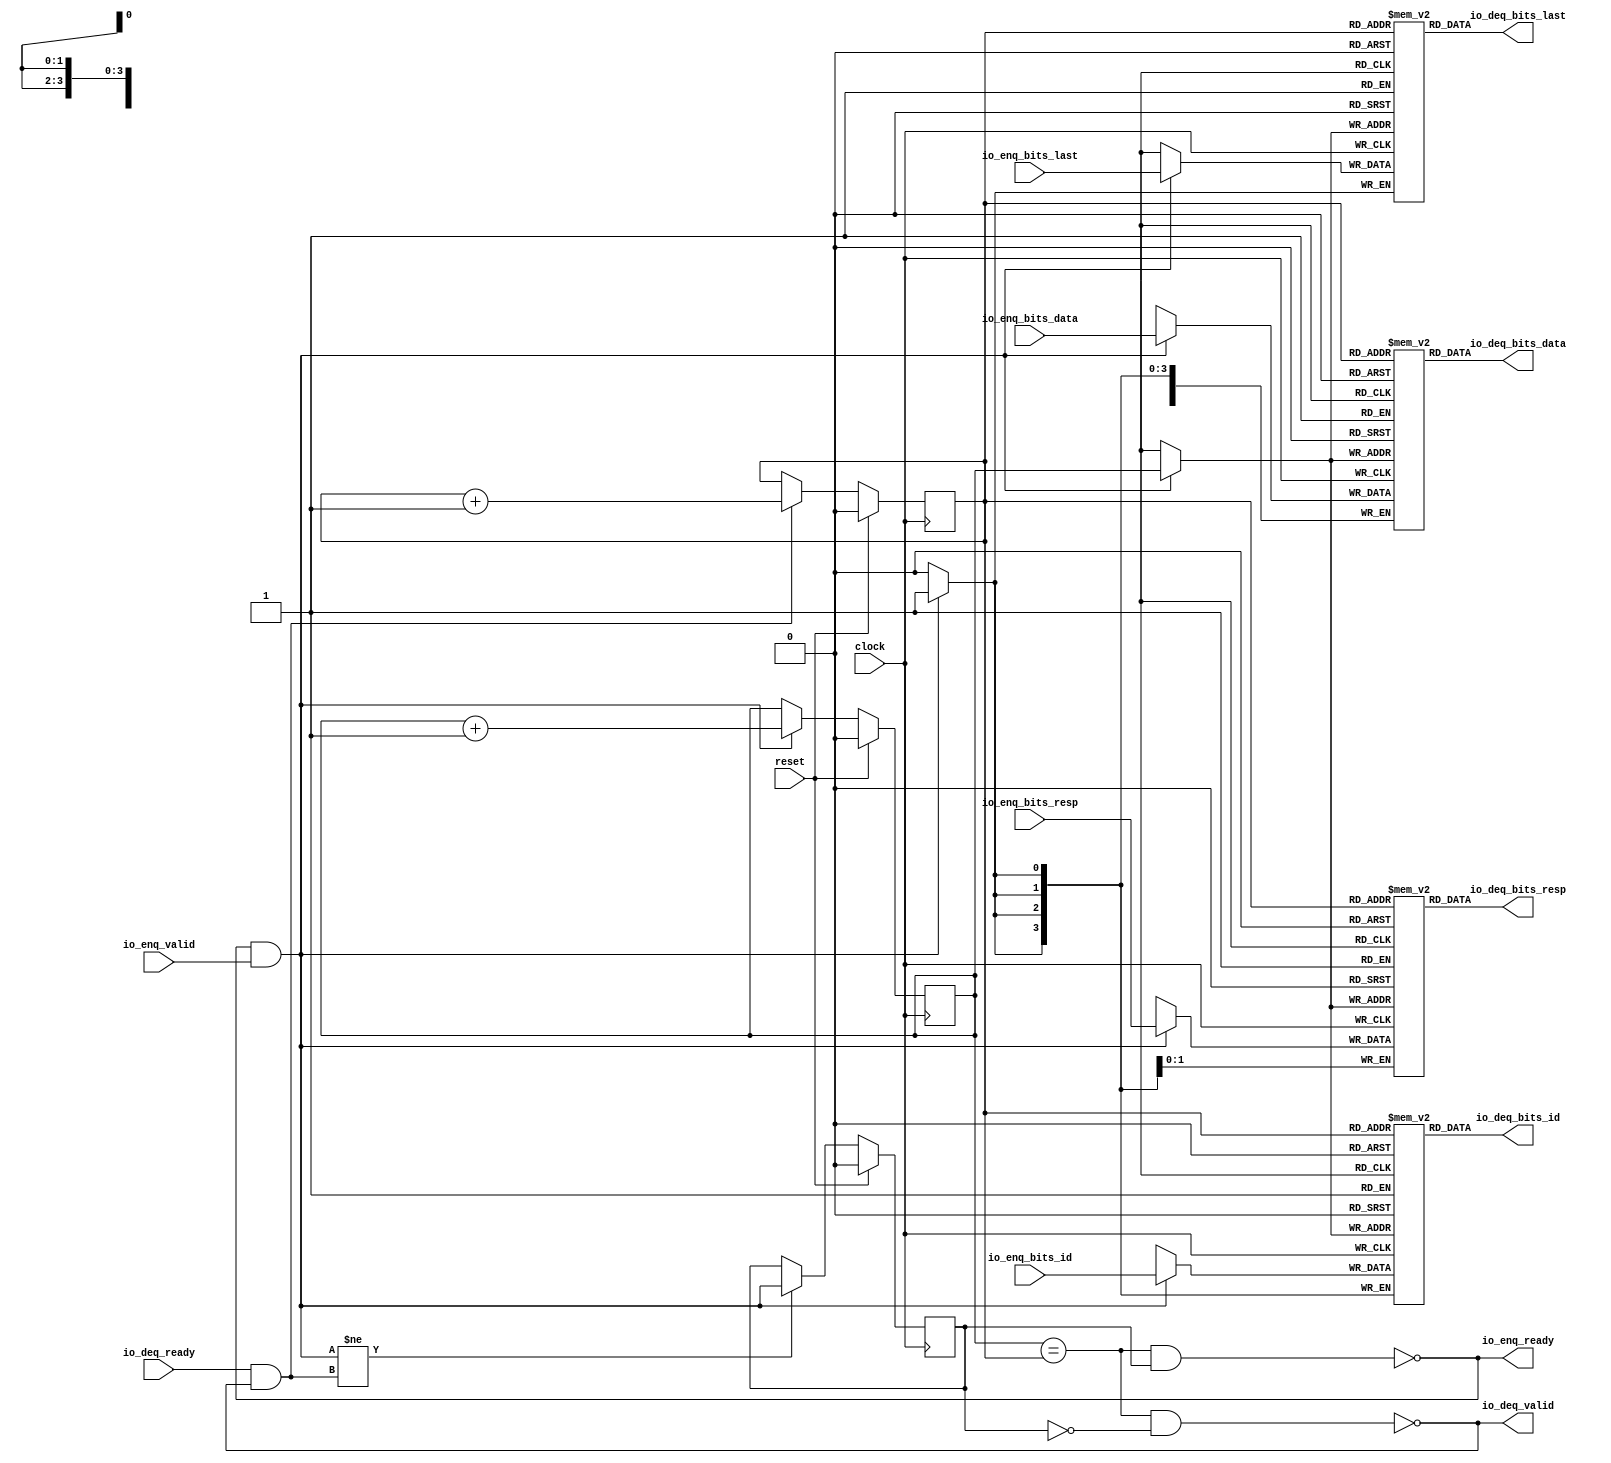
// Copyright (c) 2017, Microsemi Corporation
// All rights reserved.
//
// Redistribution and use in source and binary forms, with or without
// modification, are permitted provided that the following conditions are met:
//     * Redistributions of source code must retain the above copyright
//       notice, this list of conditions and the following disclaimer.
//     * Redistributions in binary form must reproduce the above copyright
//       notice, this list of conditions and the following disclaimer in the
//       documentation and/or other materials provided with the distribution.
//     * Neither the name of the <organization> nor the
//       names of its contributors may be used to endorse or promote products
//       derived from this software without specific prior written permission.
//
// THIS SOFTWARE IS PROVIDED BY THE COPYRIGHT HOLDERS AND CONTRIBUTORS "AS IS" AND
// ANY EXPRESS OR IMPLIED WARRANTIES, INCLUDING, BUT NOT LIMITED TO, THE IMPLIED
// WARRANTIES OF MERCHANTABILITY AND FITNESS FOR A PARTICULAR PURPOSE ARE
// DISCLAIMED. IN NO EVENT SHALL MICROSEMI CORPORATIONM BE LIABLE FOR ANY
// DIRECT, INDIRECT, INCIDENTAL, SPECIAL, EXEMPLARY, OR CONSEQUENTIAL DAMAGES
// (INCLUDING, BUT NOT LIMITED TO, PROCUREMENT OF SUBSTITUTE GOODS OR SERVICES;
// LOSS OF USE, DATA, OR PROFITS; OR BUSINESS INTERRUPTION) HOWEVER CAUSED AND
// ON ANY THEORY OF LIABILITY, WHETHER IN CONTRACT, STRICT LIABILITY, OR TORT
// (INCLUDING NEGLIGENCE OR OTHERWISE) ARISING IN ANY WAY OUT OF THE USE OF THIS
// SOFTWARE, EVEN IF ADVISED OF THE POSSIBILITY OF SUCH DAMAGE.
//
// APACHE LICENSE
// Copyright (c) 2017, Microsemi Corporation 
//
// Licensed under the Apache License, Version 2.0 (the "License");
// you may not use this file except in compliance with the License.
// You may obtain a copy of the License at
//
//    http://www.apache.org/licenses/LICENSE-2.0
//
// Unless required by applicable law or agreed to in writing, software
// distributed under the License is distributed on an "AS IS" BASIS,
// WITHOUT WARRANTIES OR CONDITIONS OF ANY KIND, either express or implied.
// See the License for the specific language governing permissions and
// limitations under the License.
//
// Description:
//
// SVN Revision Information:
// SVN $Revision: $
// SVN $Date: $
//
// Resolved SARs
// SAR      Date     Who   Description
//
// Notes:
//
// ****************************************************************************/
`ifndef RANDOMIZE_REG_INIT 
	 `define RANDOMIZE_REG_INIT 
 `endif
`ifndef RANDOMIZE_MEM_INIT 
	 `define RANDOMIZE_MEM_INIT 
 `endif
`ifndef RANDOMIZE 
	 `define RANDOMIZE 
`endif

`timescale 1ns/10ps
module MiV_AXI_MiV_AXI_0_MIV_RV32IMA_L1_AXI_QUEUE_32( // @[:freechips.rocketchip.system.MivRV32ImaL1AhbConfig.fir@113792.2]
  input         clock, // @[:freechips.rocketchip.system.MivRV32ImaL1AhbConfig.fir@113793.4]
  input         reset, // @[:freechips.rocketchip.system.MivRV32ImaL1AhbConfig.fir@113794.4]
  output        io_enq_ready, // @[:freechips.rocketchip.system.MivRV32ImaL1AhbConfig.fir@113795.4]
  input         io_enq_valid, // @[:freechips.rocketchip.system.MivRV32ImaL1AhbConfig.fir@113795.4]
  input  [3:0]  io_enq_bits_id, // @[:freechips.rocketchip.system.MivRV32ImaL1AhbConfig.fir@113795.4]
  input  [63:0] io_enq_bits_data, // @[:freechips.rocketchip.system.MivRV32ImaL1AhbConfig.fir@113795.4]
  input  [1:0]  io_enq_bits_resp, // @[:freechips.rocketchip.system.MivRV32ImaL1AhbConfig.fir@113795.4]
  input         io_enq_bits_last, // @[:freechips.rocketchip.system.MivRV32ImaL1AhbConfig.fir@113795.4]
  input         io_deq_ready, // @[:freechips.rocketchip.system.MivRV32ImaL1AhbConfig.fir@113795.4]
  output        io_deq_valid, // @[:freechips.rocketchip.system.MivRV32ImaL1AhbConfig.fir@113795.4]
  output [3:0]  io_deq_bits_id, // @[:freechips.rocketchip.system.MivRV32ImaL1AhbConfig.fir@113795.4]
  output [63:0] io_deq_bits_data, // @[:freechips.rocketchip.system.MivRV32ImaL1AhbConfig.fir@113795.4]
  output [1:0]  io_deq_bits_resp, // @[:freechips.rocketchip.system.MivRV32ImaL1AhbConfig.fir@113795.4]
  output        io_deq_bits_last // @[:freechips.rocketchip.system.MivRV32ImaL1AhbConfig.fir@113795.4]
);
  reg [3:0] ram_id [0:1] /* synthesis syn_ramstyle = "registers" */; // @[Decoupled.scala 211:24:freechips.rocketchip.system.MivRV32ImaL1AhbConfig.fir@113797.4]
  reg [31:0] _RAND_0;
  wire [3:0] ram_id__T_50_data; // @[Decoupled.scala 211:24:freechips.rocketchip.system.MivRV32ImaL1AhbConfig.fir@113797.4]
  wire  ram_id__T_50_addr; // @[Decoupled.scala 211:24:freechips.rocketchip.system.MivRV32ImaL1AhbConfig.fir@113797.4]
  wire [3:0] ram_id__T_36_data; // @[Decoupled.scala 211:24:freechips.rocketchip.system.MivRV32ImaL1AhbConfig.fir@113797.4]
  wire  ram_id__T_36_addr; // @[Decoupled.scala 211:24:freechips.rocketchip.system.MivRV32ImaL1AhbConfig.fir@113797.4]
  wire  ram_id__T_36_mask; // @[Decoupled.scala 211:24:freechips.rocketchip.system.MivRV32ImaL1AhbConfig.fir@113797.4]
  wire  ram_id__T_36_en; // @[Decoupled.scala 211:24:freechips.rocketchip.system.MivRV32ImaL1AhbConfig.fir@113797.4]
  reg [63:0] ram_data [0:1] /* synthesis syn_ramstyle = "registers" */; // @[Decoupled.scala 211:24:freechips.rocketchip.system.MivRV32ImaL1AhbConfig.fir@113797.4]
  reg [63:0] _RAND_1;
  wire [63:0] ram_data__T_50_data; // @[Decoupled.scala 211:24:freechips.rocketchip.system.MivRV32ImaL1AhbConfig.fir@113797.4]
  wire  ram_data__T_50_addr; // @[Decoupled.scala 211:24:freechips.rocketchip.system.MivRV32ImaL1AhbConfig.fir@113797.4]
  wire [63:0] ram_data__T_36_data; // @[Decoupled.scala 211:24:freechips.rocketchip.system.MivRV32ImaL1AhbConfig.fir@113797.4]
  wire  ram_data__T_36_addr; // @[Decoupled.scala 211:24:freechips.rocketchip.system.MivRV32ImaL1AhbConfig.fir@113797.4]
  wire  ram_data__T_36_mask; // @[Decoupled.scala 211:24:freechips.rocketchip.system.MivRV32ImaL1AhbConfig.fir@113797.4]
  wire  ram_data__T_36_en; // @[Decoupled.scala 211:24:freechips.rocketchip.system.MivRV32ImaL1AhbConfig.fir@113797.4]
  reg [1:0] ram_resp [0:1] /* synthesis syn_ramstyle = "registers" */; // @[Decoupled.scala 211:24:freechips.rocketchip.system.MivRV32ImaL1AhbConfig.fir@113797.4]
  reg [31:0] _RAND_2;
  wire [1:0] ram_resp__T_50_data; // @[Decoupled.scala 211:24:freechips.rocketchip.system.MivRV32ImaL1AhbConfig.fir@113797.4]
  wire  ram_resp__T_50_addr; // @[Decoupled.scala 211:24:freechips.rocketchip.system.MivRV32ImaL1AhbConfig.fir@113797.4]
  wire [1:0] ram_resp__T_36_data; // @[Decoupled.scala 211:24:freechips.rocketchip.system.MivRV32ImaL1AhbConfig.fir@113797.4]
  wire  ram_resp__T_36_addr; // @[Decoupled.scala 211:24:freechips.rocketchip.system.MivRV32ImaL1AhbConfig.fir@113797.4]
  wire  ram_resp__T_36_mask; // @[Decoupled.scala 211:24:freechips.rocketchip.system.MivRV32ImaL1AhbConfig.fir@113797.4]
  wire  ram_resp__T_36_en; // @[Decoupled.scala 211:24:freechips.rocketchip.system.MivRV32ImaL1AhbConfig.fir@113797.4]
  reg  ram_last [0:1]; // @[Decoupled.scala 211:24:freechips.rocketchip.system.MivRV32ImaL1AhbConfig.fir@113797.4]
  reg [31:0] _RAND_3;
  wire  ram_last__T_50_data; // @[Decoupled.scala 211:24:freechips.rocketchip.system.MivRV32ImaL1AhbConfig.fir@113797.4]
  wire  ram_last__T_50_addr; // @[Decoupled.scala 211:24:freechips.rocketchip.system.MivRV32ImaL1AhbConfig.fir@113797.4]
  wire  ram_last__T_36_data; // @[Decoupled.scala 211:24:freechips.rocketchip.system.MivRV32ImaL1AhbConfig.fir@113797.4]
  wire  ram_last__T_36_addr; // @[Decoupled.scala 211:24:freechips.rocketchip.system.MivRV32ImaL1AhbConfig.fir@113797.4]
  wire  ram_last__T_36_mask; // @[Decoupled.scala 211:24:freechips.rocketchip.system.MivRV32ImaL1AhbConfig.fir@113797.4]
  wire  ram_last__T_36_en; // @[Decoupled.scala 211:24:freechips.rocketchip.system.MivRV32ImaL1AhbConfig.fir@113797.4]
  reg  value; // @[Counter.scala 26:33:freechips.rocketchip.system.MivRV32ImaL1AhbConfig.fir@113798.4]
  reg [31:0] _RAND_4;
  reg  value_1; // @[Counter.scala 26:33:freechips.rocketchip.system.MivRV32ImaL1AhbConfig.fir@113799.4]
  reg [31:0] _RAND_5;
  reg  maybe_full; // @[Decoupled.scala 214:35:freechips.rocketchip.system.MivRV32ImaL1AhbConfig.fir@113800.4]
  reg [31:0] _RAND_6;
  wire  _T_28; // @[Decoupled.scala 216:41:freechips.rocketchip.system.MivRV32ImaL1AhbConfig.fir@113801.4]
  wire  _T_30; // @[Decoupled.scala 217:36:freechips.rocketchip.system.MivRV32ImaL1AhbConfig.fir@113802.4]
  wire  empty; // @[Decoupled.scala 217:33:freechips.rocketchip.system.MivRV32ImaL1AhbConfig.fir@113803.4]
  wire  _T_31; // @[Decoupled.scala 218:32:freechips.rocketchip.system.MivRV32ImaL1AhbConfig.fir@113804.4]
  wire  do_enq; // @[Decoupled.scala 30:37:freechips.rocketchip.system.MivRV32ImaL1AhbConfig.fir@113805.4]
  wire  do_deq; // @[Decoupled.scala 30:37:freechips.rocketchip.system.MivRV32ImaL1AhbConfig.fir@113808.4]
  wire [1:0] _T_39; // @[Counter.scala 35:22:freechips.rocketchip.system.MivRV32ImaL1AhbConfig.fir@113818.6]
  wire  _T_40; // @[Counter.scala 35:22:freechips.rocketchip.system.MivRV32ImaL1AhbConfig.fir@113819.6]
  wire  _GEN_7; // @[Decoupled.scala 222:17:freechips.rocketchip.system.MivRV32ImaL1AhbConfig.fir@113811.4]
  wire [1:0] _T_43; // @[Counter.scala 35:22:freechips.rocketchip.system.MivRV32ImaL1AhbConfig.fir@113824.6]
  wire  _T_44; // @[Counter.scala 35:22:freechips.rocketchip.system.MivRV32ImaL1AhbConfig.fir@113825.6]
  wire  _GEN_8; // @[Decoupled.scala 226:17:freechips.rocketchip.system.MivRV32ImaL1AhbConfig.fir@113822.4]
  wire  _T_45; // @[Decoupled.scala 229:16:freechips.rocketchip.system.MivRV32ImaL1AhbConfig.fir@113828.4]
  wire  _GEN_9; // @[Decoupled.scala 229:27:freechips.rocketchip.system.MivRV32ImaL1AhbConfig.fir@113829.4]
  wire  _T_47; // @[Decoupled.scala 233:19:freechips.rocketchip.system.MivRV32ImaL1AhbConfig.fir@113832.4]
  wire  _T_49; // @[Decoupled.scala 234:19:freechips.rocketchip.system.MivRV32ImaL1AhbConfig.fir@113834.4]
  assign ram_id__T_50_addr = value_1;
  assign ram_id__T_50_data = ram_id[ram_id__T_50_addr]; // @[Decoupled.scala 211:24:freechips.rocketchip.system.MivRV32ImaL1AhbConfig.fir@113797.4]
  assign ram_id__T_36_data = io_enq_bits_id;
  assign ram_id__T_36_addr = value;
  assign ram_id__T_36_mask = do_enq;
  assign ram_id__T_36_en = do_enq;
  assign ram_data__T_50_addr = value_1;
  assign ram_data__T_50_data = ram_data[ram_data__T_50_addr]; // @[Decoupled.scala 211:24:freechips.rocketchip.system.MivRV32ImaL1AhbConfig.fir@113797.4]
  assign ram_data__T_36_data = io_enq_bits_data;
  assign ram_data__T_36_addr = value;
  assign ram_data__T_36_mask = do_enq;
  assign ram_data__T_36_en = do_enq;
  assign ram_resp__T_50_addr = value_1;
  assign ram_resp__T_50_data = ram_resp[ram_resp__T_50_addr]; // @[Decoupled.scala 211:24:freechips.rocketchip.system.MivRV32ImaL1AhbConfig.fir@113797.4]
  assign ram_resp__T_36_data = io_enq_bits_resp;
  assign ram_resp__T_36_addr = value;
  assign ram_resp__T_36_mask = do_enq;
  assign ram_resp__T_36_en = do_enq;
  assign ram_last__T_50_addr = value_1;
  assign ram_last__T_50_data = ram_last[ram_last__T_50_addr]; // @[Decoupled.scala 211:24:freechips.rocketchip.system.MivRV32ImaL1AhbConfig.fir@113797.4]
  assign ram_last__T_36_data = io_enq_bits_last;
  assign ram_last__T_36_addr = value;
  assign ram_last__T_36_mask = do_enq;
  assign ram_last__T_36_en = do_enq;
  assign _T_28 = value == value_1; // @[Decoupled.scala 216:41:freechips.rocketchip.system.MivRV32ImaL1AhbConfig.fir@113801.4]
  assign _T_30 = maybe_full == 1'h0; // @[Decoupled.scala 217:36:freechips.rocketchip.system.MivRV32ImaL1AhbConfig.fir@113802.4]
  assign empty = _T_28 & _T_30; // @[Decoupled.scala 217:33:freechips.rocketchip.system.MivRV32ImaL1AhbConfig.fir@113803.4]
  assign _T_31 = _T_28 & maybe_full; // @[Decoupled.scala 218:32:freechips.rocketchip.system.MivRV32ImaL1AhbConfig.fir@113804.4]
  assign do_enq = io_enq_ready & io_enq_valid; // @[Decoupled.scala 30:37:freechips.rocketchip.system.MivRV32ImaL1AhbConfig.fir@113805.4]
  assign do_deq = io_deq_ready & io_deq_valid; // @[Decoupled.scala 30:37:freechips.rocketchip.system.MivRV32ImaL1AhbConfig.fir@113808.4]
  assign _T_39 = value + 1'h1; // @[Counter.scala 35:22:freechips.rocketchip.system.MivRV32ImaL1AhbConfig.fir@113818.6]
  assign _T_40 = _T_39[0:0]; // @[Counter.scala 35:22:freechips.rocketchip.system.MivRV32ImaL1AhbConfig.fir@113819.6]
  assign _GEN_7 = do_enq ? _T_40 : value; // @[Decoupled.scala 222:17:freechips.rocketchip.system.MivRV32ImaL1AhbConfig.fir@113811.4]
  assign _T_43 = value_1 + 1'h1; // @[Counter.scala 35:22:freechips.rocketchip.system.MivRV32ImaL1AhbConfig.fir@113824.6]
  assign _T_44 = _T_43[0:0]; // @[Counter.scala 35:22:freechips.rocketchip.system.MivRV32ImaL1AhbConfig.fir@113825.6]
  assign _GEN_8 = do_deq ? _T_44 : value_1; // @[Decoupled.scala 226:17:freechips.rocketchip.system.MivRV32ImaL1AhbConfig.fir@113822.4]
  assign _T_45 = do_enq != do_deq; // @[Decoupled.scala 229:16:freechips.rocketchip.system.MivRV32ImaL1AhbConfig.fir@113828.4]
  assign _GEN_9 = _T_45 ? do_enq : maybe_full; // @[Decoupled.scala 229:27:freechips.rocketchip.system.MivRV32ImaL1AhbConfig.fir@113829.4]
  assign _T_47 = empty == 1'h0; // @[Decoupled.scala 233:19:freechips.rocketchip.system.MivRV32ImaL1AhbConfig.fir@113832.4]
  assign _T_49 = _T_31 == 1'h0; // @[Decoupled.scala 234:19:freechips.rocketchip.system.MivRV32ImaL1AhbConfig.fir@113834.4]
  assign io_enq_ready = _T_49;
  assign io_deq_valid = _T_47;
  assign io_deq_bits_id = ram_id__T_50_data;
  assign io_deq_bits_data = ram_data__T_50_data;
  assign io_deq_bits_resp = ram_resp__T_50_data;
  assign io_deq_bits_last = ram_last__T_50_data;
`ifdef RANDOMIZE
  integer initvar;
  initial begin
    `ifndef verilator
      #0.002 begin end
    `endif
  _RAND_0 = {1{32'b0}};
  `ifdef RANDOMIZE_MEM_INIT
  for (initvar = 0; initvar < 2; initvar = initvar+1)
    ram_id[initvar] = _RAND_0[3:0];
  `endif // RANDOMIZE_MEM_INIT
  _RAND_1 = {2{32'b0}};
  `ifdef RANDOMIZE_MEM_INIT
  for (initvar = 0; initvar < 2; initvar = initvar+1)
    ram_data[initvar] = _RAND_1[63:0];
  `endif // RANDOMIZE_MEM_INIT
  _RAND_2 = {1{32'b0}};
  `ifdef RANDOMIZE_MEM_INIT
  for (initvar = 0; initvar < 2; initvar = initvar+1)
    ram_resp[initvar] = _RAND_2[1:0];
  `endif // RANDOMIZE_MEM_INIT
  _RAND_3 = {1{32'b0}};
  `ifdef RANDOMIZE_MEM_INIT
  for (initvar = 0; initvar < 2; initvar = initvar+1)
    ram_last[initvar] = _RAND_3[0:0];
  `endif // RANDOMIZE_MEM_INIT
  `ifdef RANDOMIZE_REG_INIT
  _RAND_4 = {1{32'b0}};
  value = _RAND_4[0:0];
  `endif // RANDOMIZE_REG_INIT
  `ifdef RANDOMIZE_REG_INIT
  _RAND_5 = {1{32'b0}};
  value_1 = _RAND_5[0:0];
  `endif // RANDOMIZE_REG_INIT
  `ifdef RANDOMIZE_REG_INIT
  _RAND_6 = {1{32'b0}};
  maybe_full = _RAND_6[0:0];
  `endif // RANDOMIZE_REG_INIT
  end
`endif // RANDOMIZE
  always @(posedge clock) begin
    if(ram_id__T_36_en & ram_id__T_36_mask) begin
      ram_id[ram_id__T_36_addr] <= ram_id__T_36_data; // @[Decoupled.scala 211:24:freechips.rocketchip.system.MivRV32ImaL1AhbConfig.fir@113797.4]
    end
    if(ram_data__T_36_en & ram_data__T_36_mask) begin
      ram_data[ram_data__T_36_addr] <= ram_data__T_36_data; // @[Decoupled.scala 211:24:freechips.rocketchip.system.MivRV32ImaL1AhbConfig.fir@113797.4]
    end
    if(ram_resp__T_36_en & ram_resp__T_36_mask) begin
      ram_resp[ram_resp__T_36_addr] <= ram_resp__T_36_data; // @[Decoupled.scala 211:24:freechips.rocketchip.system.MivRV32ImaL1AhbConfig.fir@113797.4]
    end
    if(ram_last__T_36_en & ram_last__T_36_mask) begin
      ram_last[ram_last__T_36_addr] <= ram_last__T_36_data; // @[Decoupled.scala 211:24:freechips.rocketchip.system.MivRV32ImaL1AhbConfig.fir@113797.4]
    end
    if (reset) begin
      value <= 1'h0;
    end else begin
      if (do_enq) begin
        value <= _T_40;
      end
    end
    if (reset) begin
      value_1 <= 1'h0;
    end else begin
      if (do_deq) begin
        value_1 <= _T_44;
      end
    end
    if (reset) begin
      maybe_full <= 1'h0;
    end else begin
      if (_T_45) begin
        maybe_full <= do_enq;
      end
    end
  end
endmodule